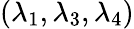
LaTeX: (\lambda_{1},\lambda_{3},\lambda_{4})